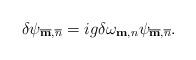
LaTeX: \begin{align*}\delta\psi_{\overline{\bf m},\overline{n}}=ig\delta\omega_{{\bf m},n}\psi_{\overline{\bf m},\overline{n}}.\end{align*}